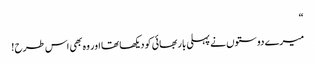
“
میرے دوستوں نے پہلی بار بھائی کو دیکھا تھا اور وہ بھی اس طرح !